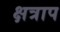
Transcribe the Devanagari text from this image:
क्षत्राप